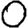
Digit: 0